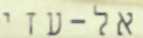
אל-עזי